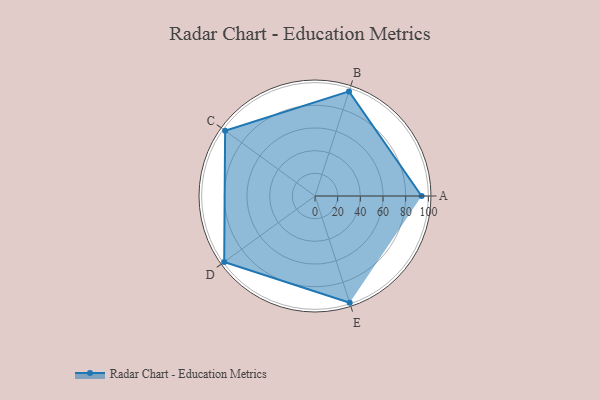
{"axis": {"x": "Skill", "y": "Score"}, "legend": ["Profile"], "data": [{"x": "A", "y": 94.0, "type": "Profile"}, {"x": "B", "y": 97.0, "type": "Profile"}, {"x": "C", "y": 98.0, "type": "Profile"}, {"x": "D", "y": 99, "type": "Profile"}, {"x": "E", "y": 99, "type": "Profile"}]}